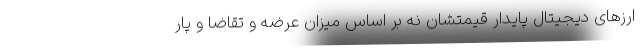
ارزهای دیجیتال پایدار قیمتشان نه بر اساس میزان عرضه و تقاضا و پار